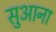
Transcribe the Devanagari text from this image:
सुआना